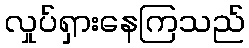
လှုပ်ရှားနေကြသည်